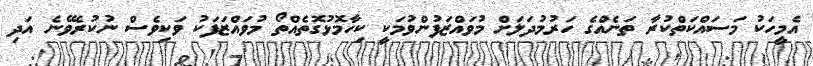
އެމީހަކު މަސައްކަތްކުރާ ތަނެއްގެ ހަރުމުދަލަށް މުވައްޒަފުންވުމަކީ ކިހާމޮޅުގޮތެއްތޯ މުވައްޒަފަކު ވަކިވެސް ނުކުރެވޭނެ އަދި